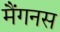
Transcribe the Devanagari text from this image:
मैंगनस